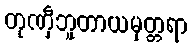
တုဏှီဘူတာယမုတ္တရာ